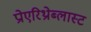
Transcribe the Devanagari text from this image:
प्रोएरिथ्रोब्लास्ट